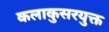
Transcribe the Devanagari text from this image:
कलाकुसरयुक्त